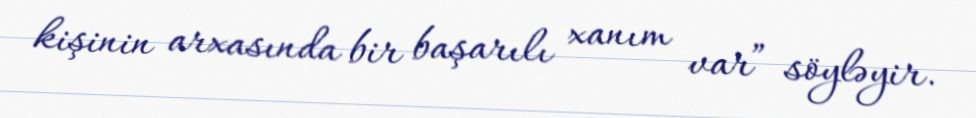
kişinin arxasında bir başarılı xanım var” söyləyir.